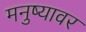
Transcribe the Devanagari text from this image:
मनुष्यावर